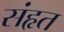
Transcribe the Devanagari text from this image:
संहृत